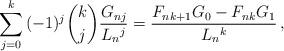
LaTeX: \begin{align*}\sum_{j = 0}^k {( - 1)^j \binom kj\frac{{G_{nj} }}{{L_n{}^j }}} = \frac{F_{nk+1}G_{0}-F_{nk}G_1}{L_n{}^k}\,,\end{align*}